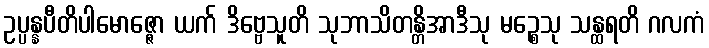
ဥပ္ပန္နပီတိပါမောဇ္ဇော ယက် ဒိဗ္ဗေသူတိ သုဘာသိတန္တိအာဒီသု မဉ္စေသု သန္ထရတိ ဂလကံ